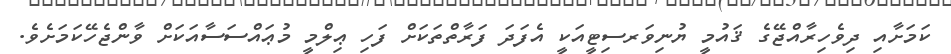
ކަމަށާއި ދިވެހިރާއްޖޭގެ ޤައުމީ ޔުނިވަރސިޓީއަކީ އެފަދަ ފަރާތްތަކަށް ފަހި ޢިލްމީ މުޢައްސަސާއަކަށް ވާންޖެހޭކަމަށެވެ.